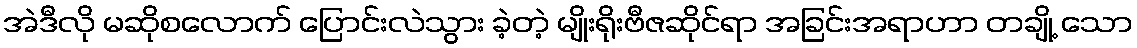
အဲဒီလို မဆိုစလောက် ပြောင်းလဲသွား ခဲ့တဲ့ မျိုးရိုးဗီဇဆိုင်ရာ အခြင်းအရာဟာ တချို့ သော